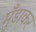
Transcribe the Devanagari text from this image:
मुँडाकर